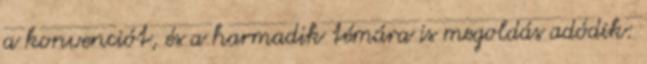
a konvenciót, és a harmadik témára is megoldás adódik: